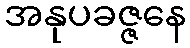
အနုပခဇ္ဇနေ